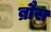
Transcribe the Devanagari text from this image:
ब्रौस